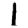
Digit: 1